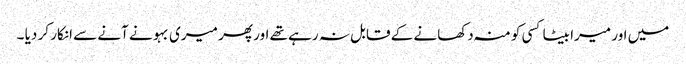
میں اور میرا بیٹا کسی کو منہ دکھانے کے قابل نہ رہے تھے اور پھر میری بہو نے آنے سے انکار کر دیا ۔